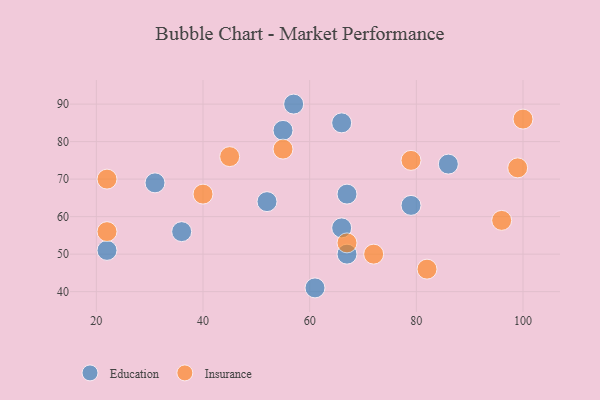
{"axis": {"x": "GDP", "y": "Life Expectancy"}, "legend": ["Education", "Insurance"], "data": [{"x": "55", "y": 83, "type": "Education"}, {"x": "79", "y": 63, "type": "Education"}, {"x": "86", "y": 74, "type": "Education"}, {"x": "36", "y": 56, "type": "Education"}, {"x": "67", "y": 50, "type": "Education"}, {"x": "66", "y": 57, "type": "Education"}, {"x": "61", "y": 41, "type": "Education"}, {"x": "57", "y": 90, "type": "Education"}, {"x": "52", "y": 64, "type": "Education"}, {"x": "67", "y": 66, "type": "Education"}, {"x": "31", "y": 69, "type": "Education"}, {"x": "22", "y": 51, "type": "Education"}, {"x": "66", "y": 85, "type": "Education"}, {"x": "45", "y": 76, "type": "Insurance"}, {"x": "40", "y": 66, "type": "Insurance"}, {"x": "67", "y": 53, "type": "Insurance"}, {"x": "100", "y": 86, "type": "Insurance"}, {"x": "72", "y": 50, "type": "Insurance"}, {"x": "96", "y": 59, "type": "Insurance"}, {"x": "55", "y": 78, "type": "Insurance"}, {"x": "99", "y": 73, "type": "Insurance"}, {"x": "22", "y": 70, "type": "Insurance"}, {"x": "22", "y": 56, "type": "Insurance"}, {"x": "82", "y": 46, "type": "Insurance"}, {"x": "79", "y": 75, "type": "Insurance"}]}